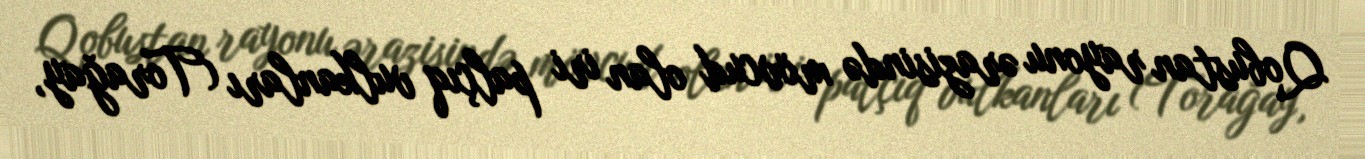
Qobustan rayonu ərazisində mövcud olan iri palçıq vulkanları (Torağay,